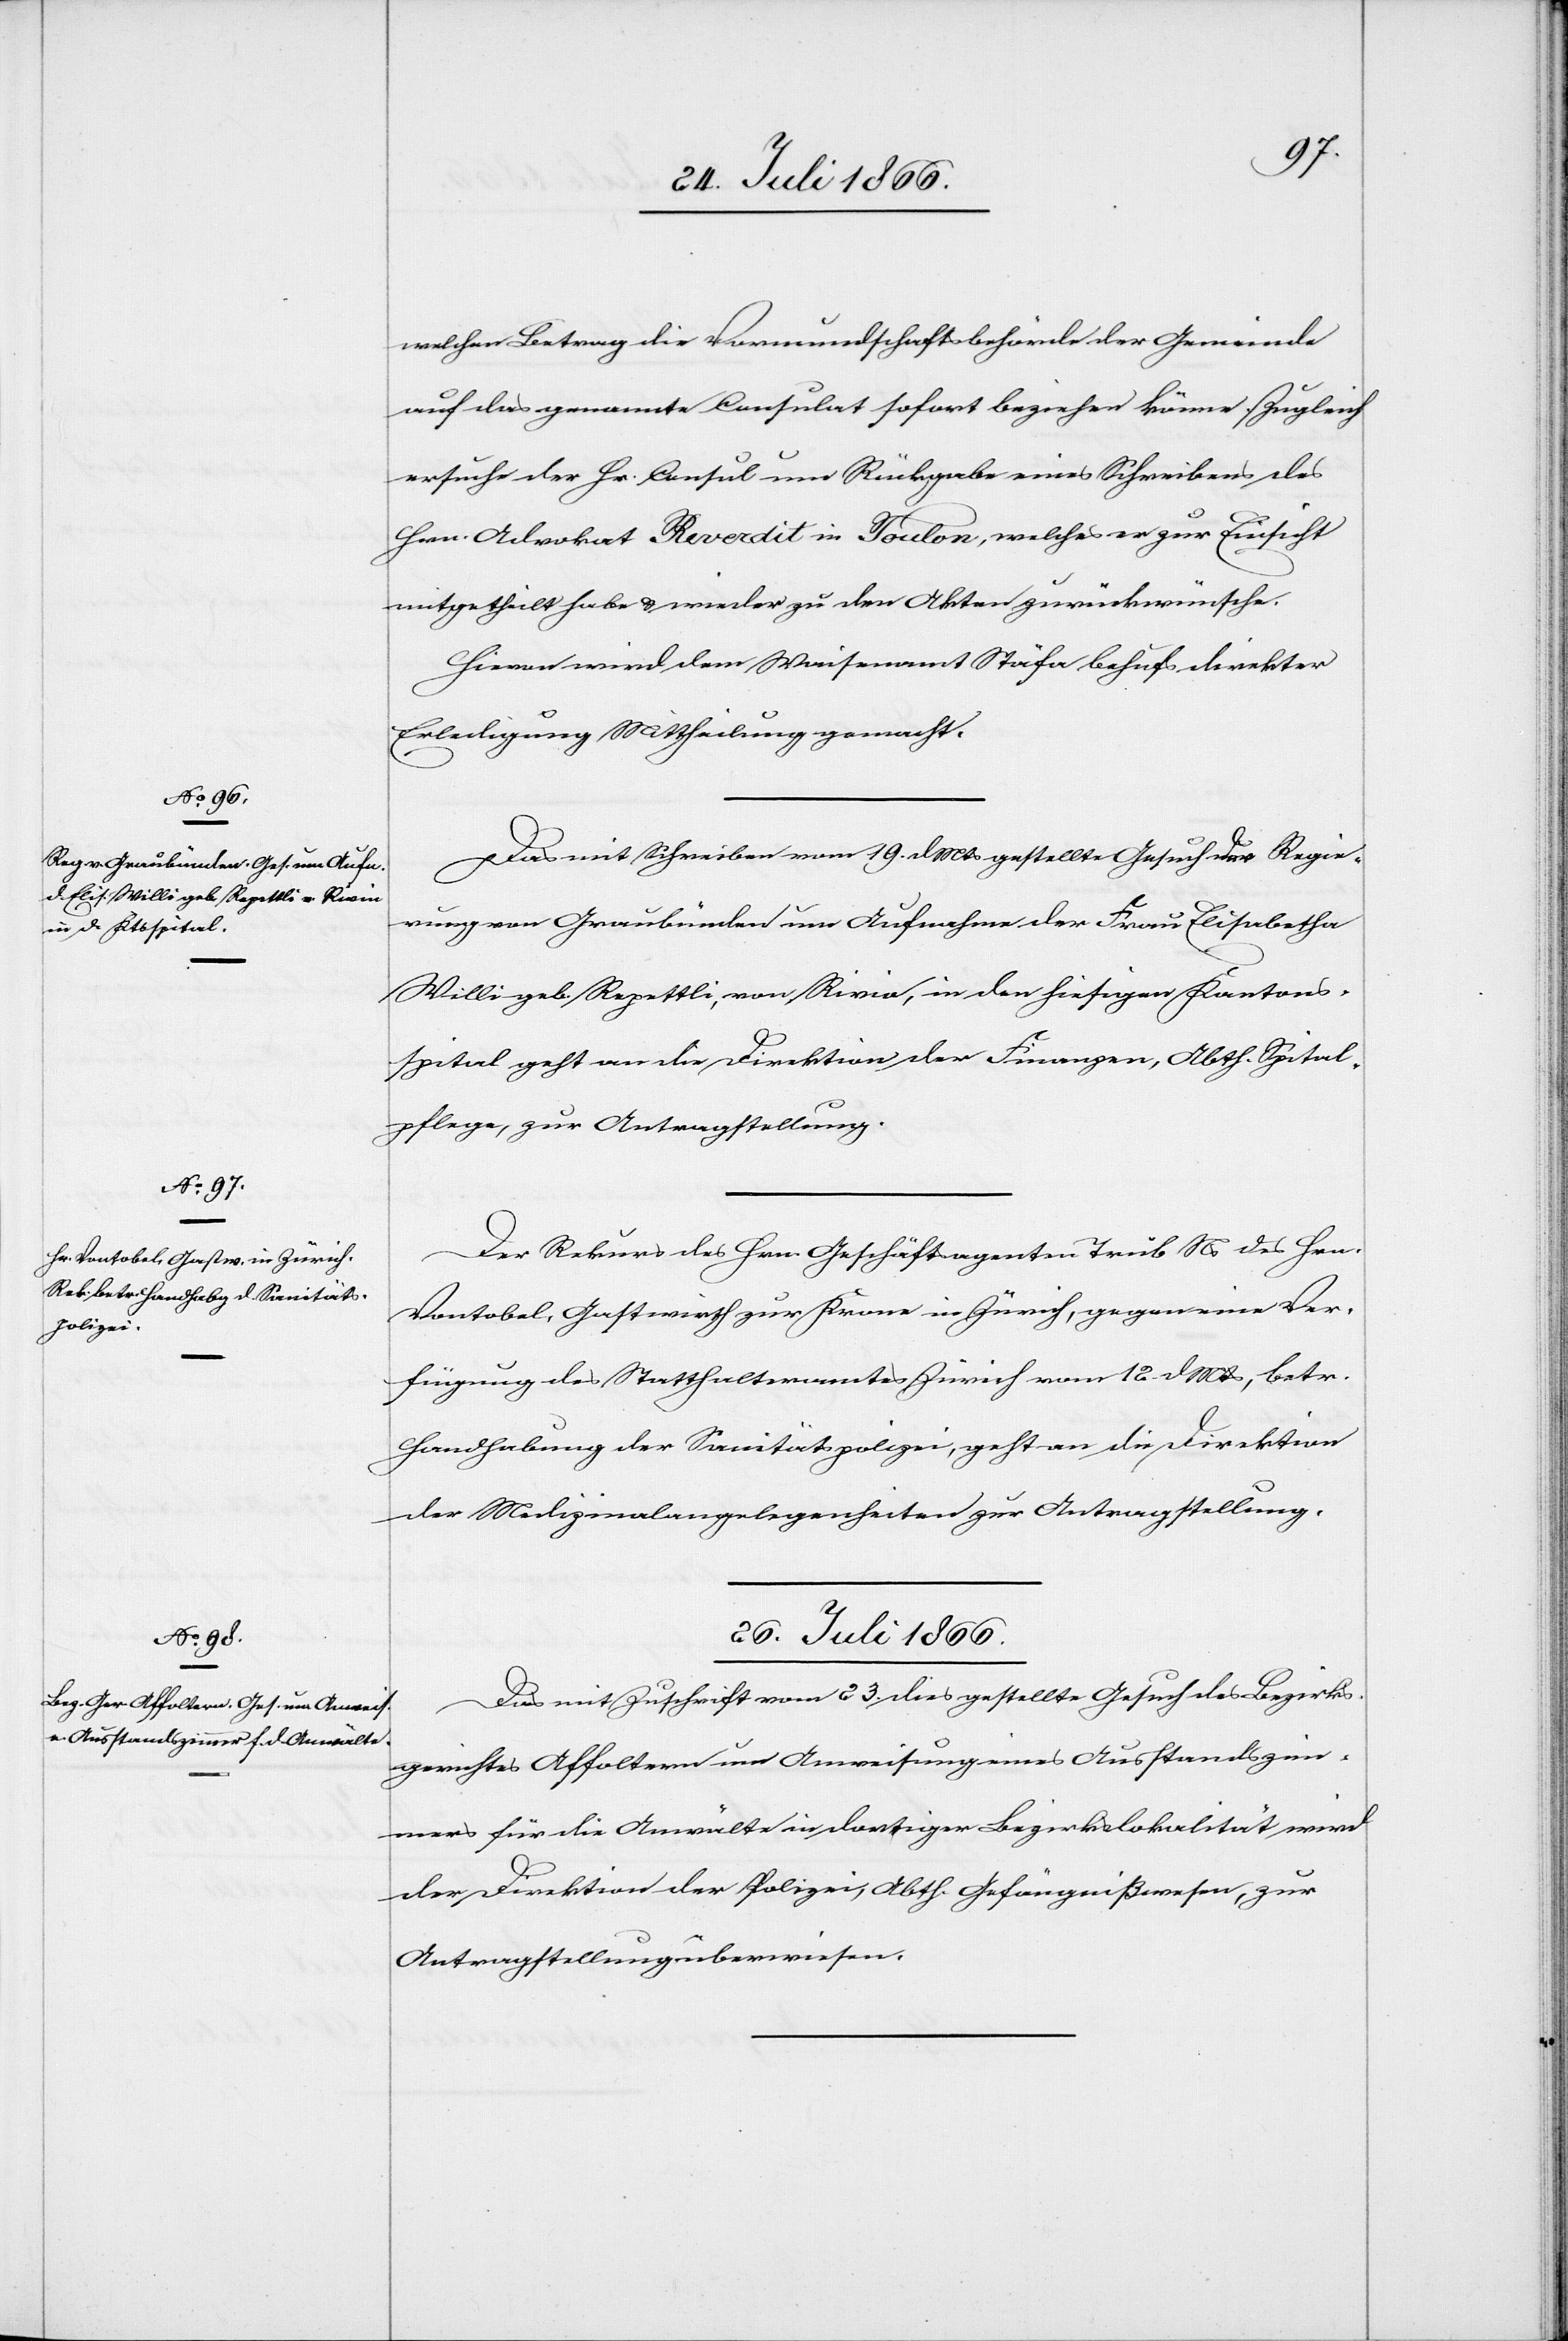
welcher Betrag die Vormundschaftsbehörde der Gemeinde
auf das genannte Consulat sofort beziehen könne. Zugleich
ersuche der Hr. Consul um Rückgabe eines Schreibens des
Hrn. Advokat Reverdit in Toulon, welches er zur Einsicht
mitgetheilt u. wieder zu den Akten zurückwünsche.
Hievon wird dem Waisenamt Stäfa behufs direkter
Erledigung Mittheilung gemacht.
Das mit Schreiben vom 19. d Mts. gestellte Gesuch der Regie¬
rung von Graubünden um Aufnahme der Frau Elisabetha
Willi geb. Repettli, von Rivia, in den hiesigen Kantons¬
spital geht an die Direktion der Finanzen, Abth. Spital¬
pflege, zur Antragstellung.
Der Rekurs des Hrn. Geschäftsagenten Trüb Ns. des Hrn.
Vontobel, Gastmeister zur Krone in Zürich, gegen eine Ver¬
fügung des Statthalteramtes Zürich vom 12. d Mts. betr.
Handhabung der Sanitätspolizei, geht an die Direktion
der Medizinalangelegenheiten zur Antragsstellung.
26. Juli 1866.
Das mit Zuschrift vom 23. dies gestellte Gesuch des Bezirks¬
gerichtes Affoltern um Anweisung eines Ausstandszim¬
mers für die Anwälte in dortiger Bezirkslokalität wird
der Direktion der Polizei, Abth. Gefängnißwesen, zur
Antragstellung überwiesen.